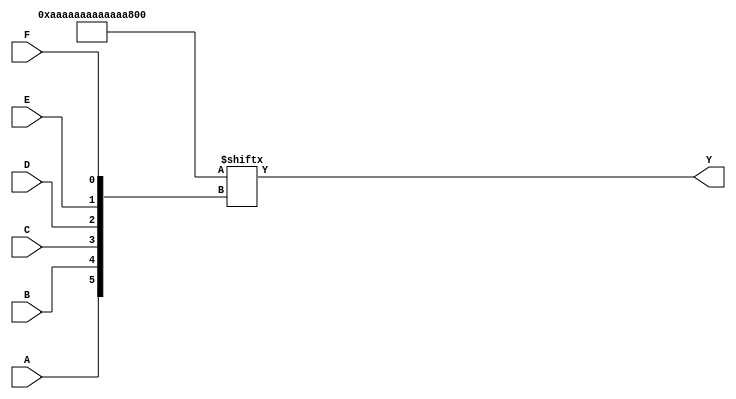
module KMap6Var (
    input wire A, // Input variable A
    input wire B, // Input variable B
    input wire C, // Input variable C
    input wire D, // Input variable D
    input wire E, // Input variable E
    input wire F, // Input variable F
    output wire Y // Output result
);

// K-map definition (64 cells for 6 variables)
// Each bit corresponds to the output for a specific combination of A, B, C, D, E, F
// The values here are placeholders; you should replace them with your actual K-map values.
reg [63:0] kmap = 64'b1010101010101010101010101010101010101010101010101010101010101010; // Example K-map values

// Calculate the output based on the K-map
assign Y = kmap[{A, B, C, D, E, F}];

endmodule